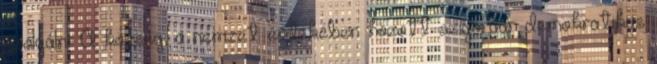
szolgálni. A község, a nemzet érdekében hozott szigorúan demokratikus